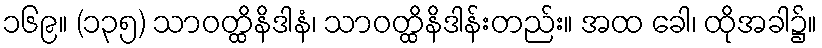
၁၆၉။ (၁၃၅) သာဝတ္ထိနိဒါနံ၊ သာဝတ္ထိနိဒါန်းတည်း။ အထ ခေါ၊ ထိုအခါ၌။